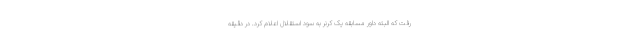
رفت که البته داور مسابقه یک کرنر به سود استقلال اعلام کرد. در دقیقه